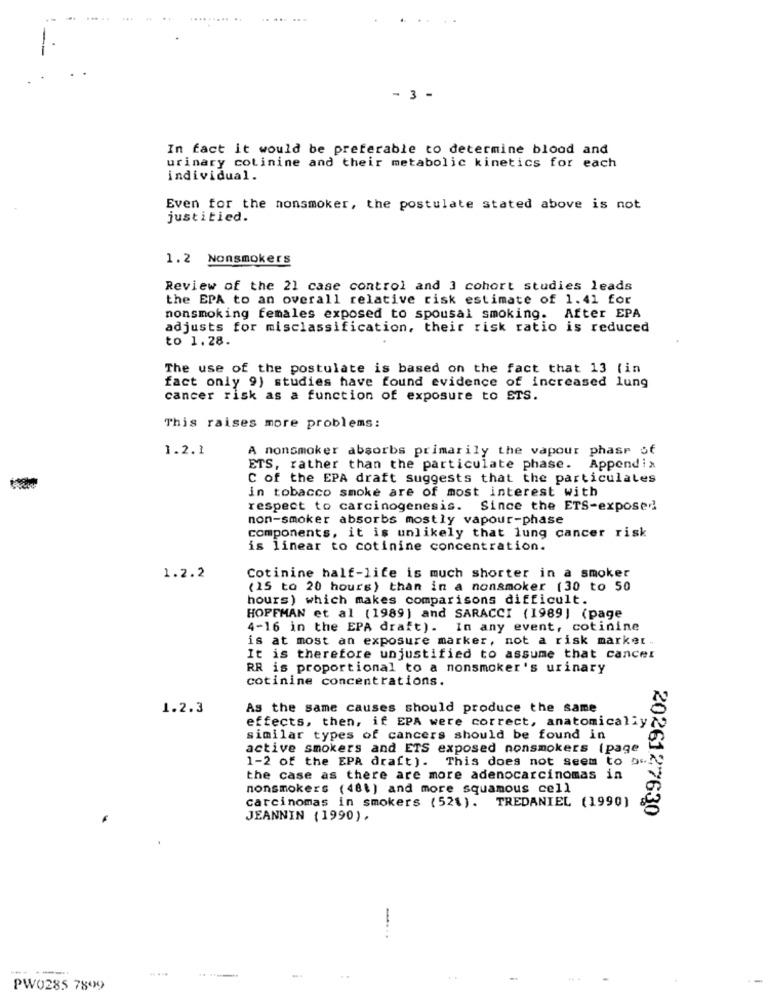
- 3 -
In fact it would be preferable to determine blood and
urinary colinine and their metabolic kinetics for each
individual.
Even for the nonsmoker, the postulate stated above is not
justitied.
1.2 Nonsmokers
Review of the 21 case control and 3 cohort studies leads
the EPA to an overall relative risk estimate of 1.41 for
nonsmoking females exposed to spousal smoking. After EPA
adjusts for misclassification, their risk ratio is reduced
to 1.28.
The use of the postulate is based on the fact that 13 (in
fact only 9) studies have found evidence of increased lung
cancer risk as a function of exposure to ETS.
This raises more problems:
1.2.1
A nonsmoker absorbs primarily the vapour phase of
ETS, rather than the particulate phase. Appendix
C of the EPA draft suggests that the particulates
in tobacco smoke are of most interest with
respect to carcinogenesis. Since the ETS-exposed
non-smoker absorbs mostly vapour-phase
components, it is unlikely that lung cancer risk
is linear to cotinine concentration.
1.2.2
Cotinine half-life is much shorter in a smoker
(15 to 20 hours) than in a nonsmoker (30 to 50
hours) which makes comparisons difficult.
HOFFMAN et al (1989) and SARACCI (1989) (page
4-16 in the EPA draft). In any event, cotinine
is at most an exposure marker, not a risk marker .
It is therefore unjustified to assume that cancer
RR is proportional to a nonsmoker's urinary
cotinine concentrations.
1.2.3
As the same causes should produce the same
effects, then, if EPA were correct, anatomically
similar types of cancers should be found in
active smokers and ETS exposed nonsmokers (page
1-2 of the EPA draft). This does not seem to os
the case as there are more adenocarcinomas in
nonsmokers (481) and more squamous cell
carcinomas in smokers (521). TREDANIEL (1990)
2026127630
JEANNIN (1990).
.. . ..
.. ......
PW0285 7899